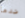
ضدها